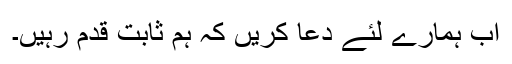
اب ہمارے لئے دعا کریں کہ ہم ثابت قدم رہیں۔